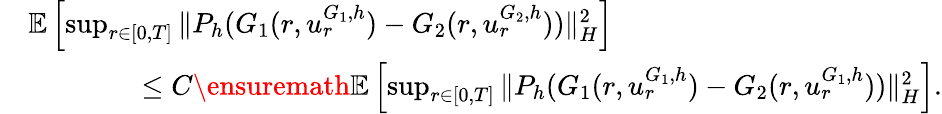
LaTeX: \begin{array}{rl}&{\mathbb{E}\left[\operatorname*{sup}_{r\in[0,T]}\| P_{h}(G_{1}(r,u_{r}^{G_{1},h})-G_{2}(r,u_{r}^{G_{2},h}))\| _{H}^{2}\right]}\\ &{\qquad\qquad\leq C\ensuremath{{\mathbb E}}\left[\operatorname*{sup}_{r\in[0,T]}\| P_{h}(G_{1}(r,u_{r}^{G_{1},h})-G_{2}(r,u_{r}^{G_{1},h}))\| _{H}^{2}\right].}\end{array}